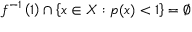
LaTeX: f ^ { - 1 } \left( 1 \right) \cap \left\{ x \in X : p ( x ) < 1 \right\} = \emptyset